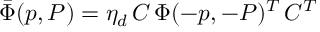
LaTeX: \bar { \Phi } ( p , P ) = \eta _ { d } \, C \, \Phi ( - p , - P ) ^ { T } \, C ^ { T }